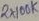
Text: 2X100K